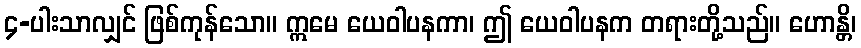
၄-ပါးသာလျှင် ဖြစ်ကုန်သော။ ဣမေ ယေဝါပနကာ၊ ဤ ယေဝါပနက တရားတို့သည်။ ဟောန္တိ၊